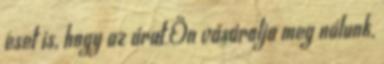
eset is, hogy az árut Ön vásárolja meg nálunk,